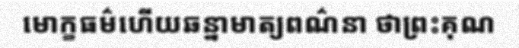
មោក្ខធម៌ហើយឆន្នាមាត្យពណ៌នា ថាព្រះគុណ